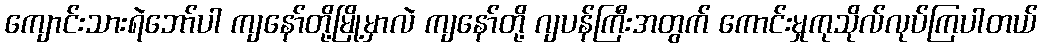
ကျောင်းသားရဲဘော်ပါ ကျနော်တို့မြို့မှာလဲ ကျနော်တို့ ဂျပန်ကြီးအတွက် ကောင်းမှုကုသိုလ်လုပ်ကြပါတယ်